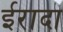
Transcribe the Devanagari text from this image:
ईरादा